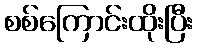
စစ်ကြောင်းထိုးပြီး